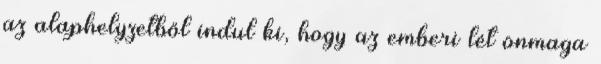
az alaphelyzetből indul ki, hogy az emberi lét önmaga